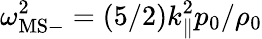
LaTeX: \omega_{\mathrm{MS}-}^{2}=(5/2)k_{\| }^{2}p_{0}/\rho_{0}